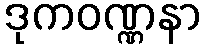
ဒုကဝဏ္ဏနာ